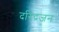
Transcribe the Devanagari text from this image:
दरिद्रजन